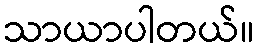
သာယာပါတယ်။